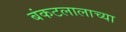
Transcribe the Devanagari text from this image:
बंकटलालाच्या